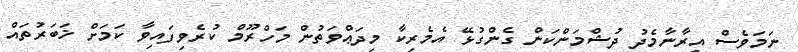
ނަމަވެސް އީރާނާމެދު ދުޝްމަންކަން ގެންގުޅޭ އެމެރިކާ މިދަޢްވަތުން މަހްރޫމް ކުރެވިފައިވާ ކަމަށް ޚަބަރުތައް